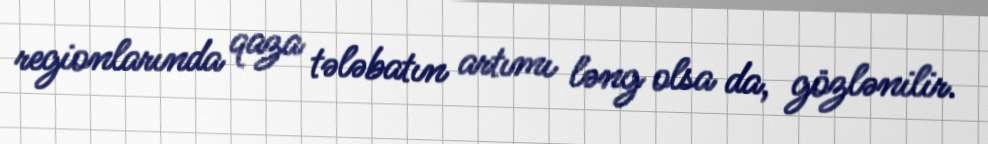
regionlarında qaza tələbatın artımı ləng olsa da, gözlənilir.